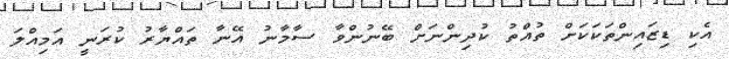
އެކި ޑިޒައިންތަކަކަށް ތުއްތު ކުދިންނަށް ބޭނުންވާ ސާމާނު އޭނާ ތައްޔާރު ކުރަނީ އަމިއްލަ